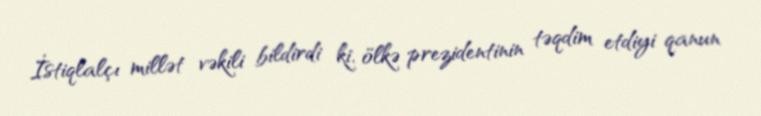
İstiqlalçı millət vəkili bildirdi ki, ölkə prezidentinin təqdim etdiyi qanun